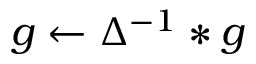
g \gets \Delta ^ { - 1 } * g